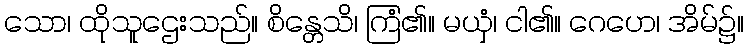
သော၊ ထိုသူဌေးသည်။ စိန္တေသိ၊ ကြံ၏။ မယှံ၊ ငါ၏။ ဂေဟေ၊ အိမ်၌။